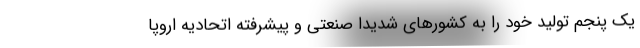
یک پنجم تولید خود را به کشورهای شدیدا صنعتی و پیشرفته اتحادیه اروپا